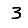
Digit: 3